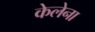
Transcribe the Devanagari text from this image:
केलेना